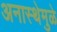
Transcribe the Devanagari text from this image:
अनास्थेमुळे